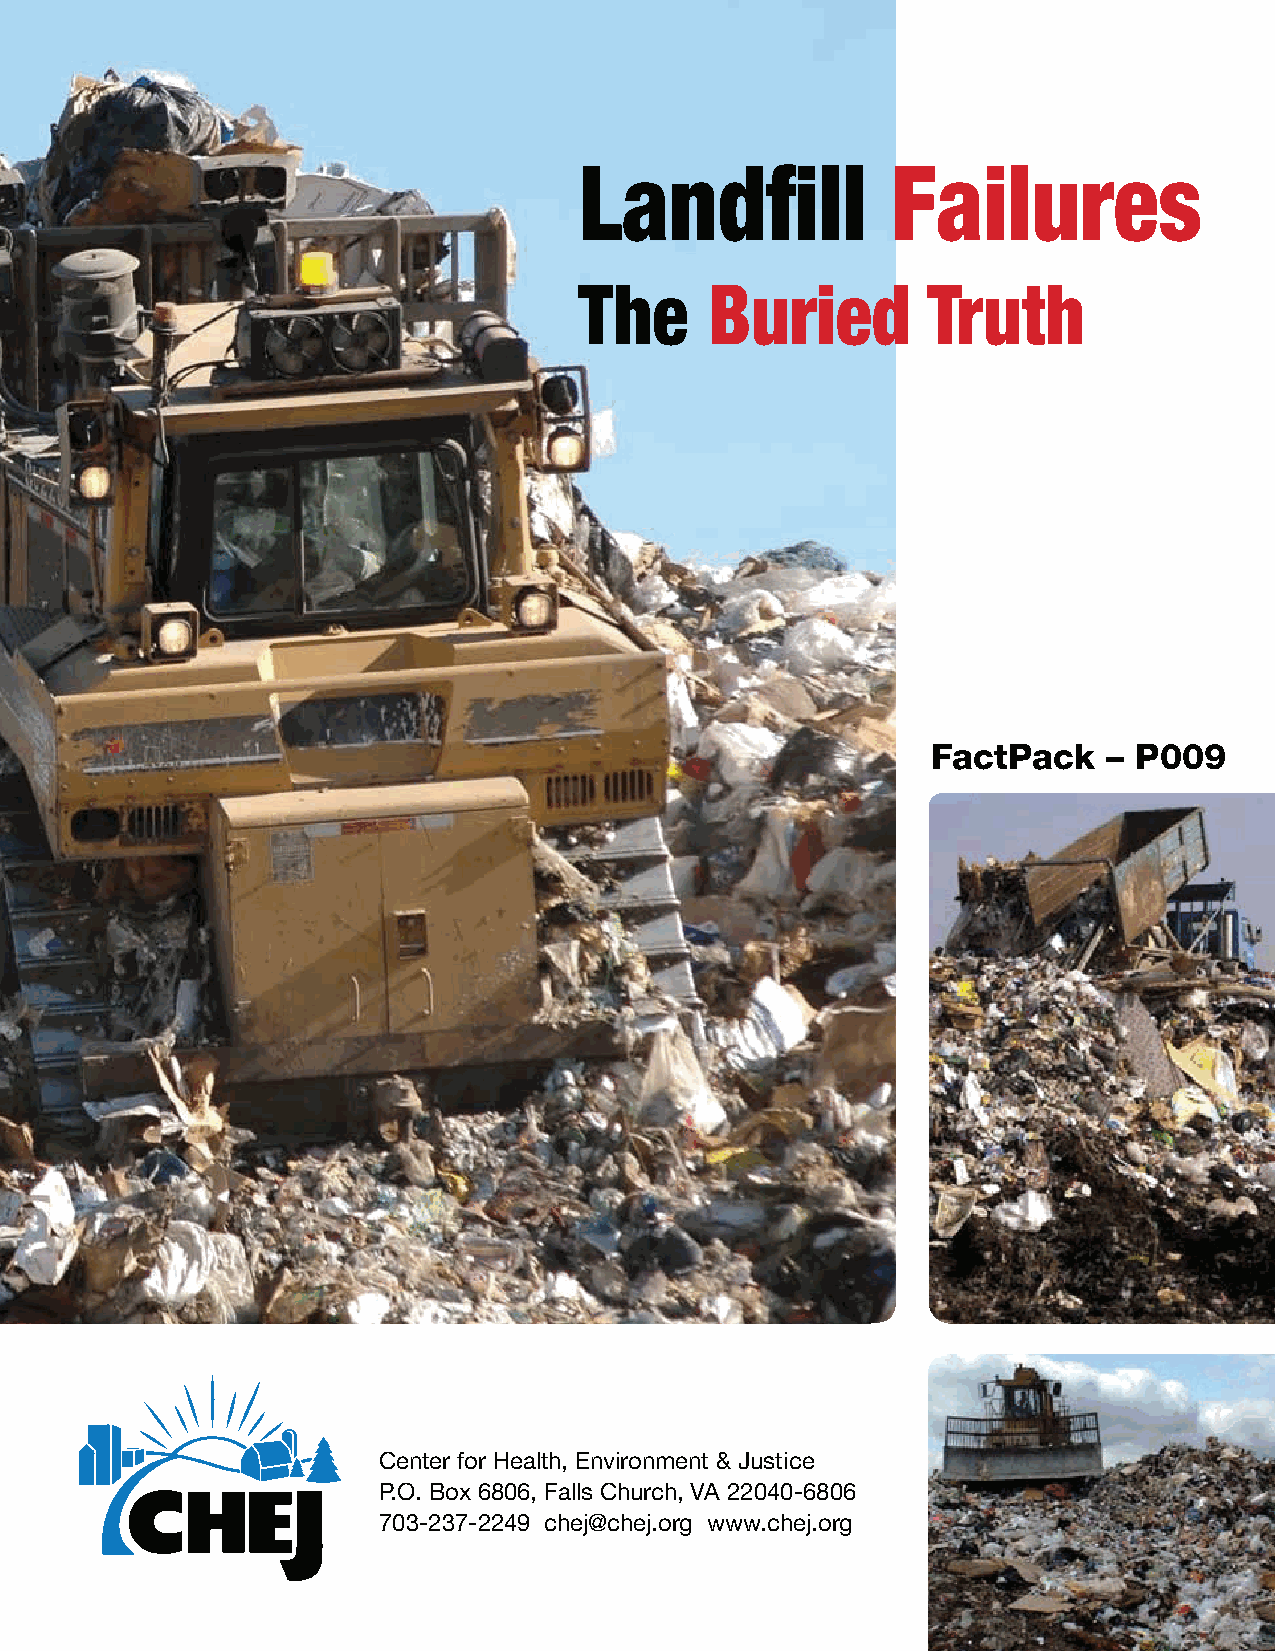
Landfill             Failures
 The      Buried        Truth
 FactPack   – P009
 Center for Health, Environment & Justice
 P.O. Box 6806, Falls Church, VA 22040-6806
 703-237-2249 chej@chej.org www.chej.org